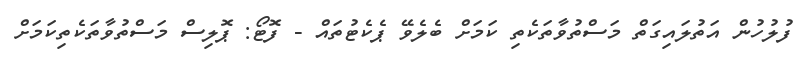
ފުލުހުން އަތުލައިގަތް މަސްތުވާތަކެތި ކަމަށް ބެލެވޭ ޕެކެޓުތައް - ފޮޓޯ: ޕޮލިސް މަސްތުވާތަކެތިކަމަށް